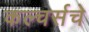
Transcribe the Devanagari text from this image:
कल्चर्सचे